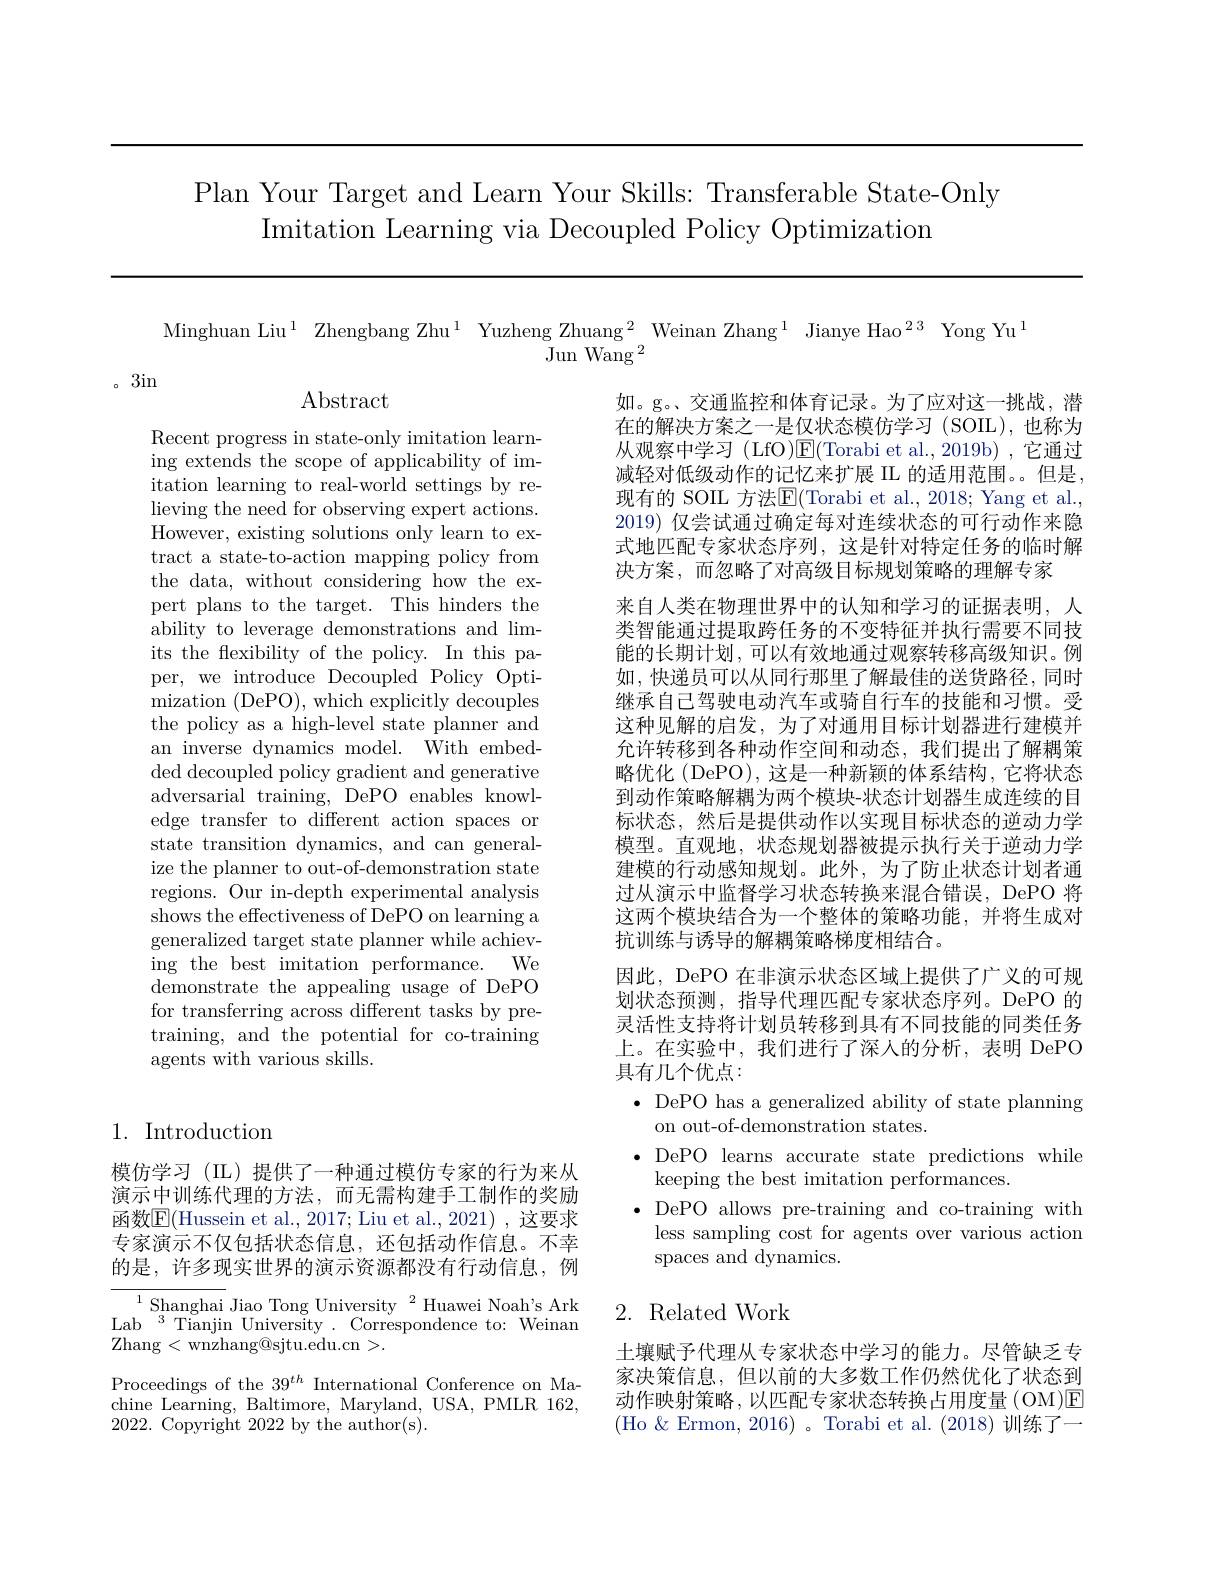
Plan Your Target and Learn Your Skills: Transferable State-Only
Imitation Learning via Decoupled Policy Optimization

Minghuan Liu$^1$ Zhengbang Zhu$^1$ Yuzheng Zhuang$^2$ Weinan Zhang$^1$ Jianye Hao$^{23}$ Yong Yu$^1$
$\stackrel{\circ}{\operatorname*{Jun}}\stackrel{\mathrm{Wang}}{}^{2}$

。3in

$\operatorname{Abstract}$

Recent progress in state-only imitation learning extends the scope of applicability of imitation learning to real-world settings by relieving the need for observing expert actions. However, existing solutions only learn to extract a state-to-action mapping policy from the data, without considering how the expert plans to the target. This hinders the ability to leverage demonstrations and limits the flexibility of the policy. In this paper, we introduce Decoupled Policy Optimization (DePO), which explicitly decouples the policy as a high-level state planner and an inverse dynamics model. With embedded decoupled policy gradient and generative adversarial training, DePO enables knowledge transfer to different action spaces or state transition dynamics, and can generalize the planner to out-of-demonstration state regions. Our in-depth experimental analysis shows the effectiveness of DePO on learning a generalized target state planner while achieving the best imitation performance. We $\bar{\text{demonstrate the appealing usage of DePO}}$ for transferring across different tasks by pretraining, and the potential for co-training agents with various skills.

如。g。、交通监控和体育记录。为了应对这一挑战，潜在的解决方案之一是仅状态模仿学习 (SOIL),也称为从观察中学习 (LfO)E(Torabi et al.,2019b),它通过减轻对低级动作的记忆来扩展 II 的适用范围。。但是， 现有的 SOIL 方法$\mathbb{E}($Torabi et al.,2018; Yang et al. 2019)仅尝试通过确定每对连续状态的可行动作来隐式地匹配专家状态序列，这是针对特定任务的临时解决方案，而忽略了对高级目标规划策略的理解专家
来自人类在物理世界中的认知和学习的证据表明，人类智能通过提取跨任务的不变特征并执行需要不同技能的长期计划，可以有效地通过观察转移高级知识。例如，快递员可以从同行那里了解最佳的送货路径，同时继承自己驾驶电动汽车或骑自行车的技能和习惯。受这种见解的启发，为了对通用目标计划器进行建模并允许转移到各种动作空间和动态，我们提出了解耦策略优化 (DePO), 这是一种新颖的体系结构，它将状态到动作策略解耦为两个模块-状态计划器生成连续的目标状态，然后是提供动作以实现目标状态的逆动力学模型。直观地，状态规划器被提示执行关于逆动力学建模的行动感知规划。此外，为了防止状态计划者通过从演示中监督学习状态转换来混合错误，DePO 将这两个模块结合为一个整体的策略功能，并将生成对抗训练与诱导的解耦策略梯度相结合。
因此，DePO 在非演示状态区域上提供了广义的可规划状态预测，指导代理匹配专家状态序列。DePO 的灵活性支持将计划员转移到具有不同技能的同类任务上。在实验中，我们进行了深人的分析，表明 DePO 具有几个优点：
· DePO has a generalized ability of state planning
on out-of-demonstration states.
$\bullet$ DePO learns accurate state predictions while
keeping the best imitation performances.
$\bullet$ DePO allows pre-training and co-training with less sampling cost for agents over various action spaces and dynamics.

### 1. Introduction

模仿学习(IL)提供了一种通过模仿专家的行为来从演示中训练代理的方法，而无需构建手工制作的奖励函数$\boxed{\mathrm{E}}($Hussein et al., 2017; Liu et al., 2021),这要求专家演示不仅包括状态信息，还包括动作信息。不幸的是，许多现实世界的演示资源都没有行动信息，例

## 2. Related Work

Lab $^3$Tianjin University.Correspondence to:Weinan Zhang<wnzhang@sjtu.edu.cn>.

土壤赋予代理从专家状态中学习的能力。尽管缺乏专家决策信息，但以前的大多数工作仍然优化了状态到动作映射策略，以匹配专家状态转换占用度量(OM)E (Ho &Ermon, 2016)。Torabi et al. (2018)训练了一

Proceedings of the $39^{th}$ International Conference on Machine Learning, Baltimore, Maryland, USA, PMLR 162, 2022. Copyright 2022 by the author(s).